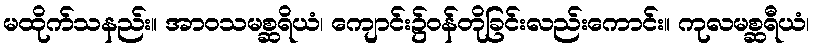
မထိုက်သနည်း။ အာဝသမစ္ဆရိယံ၊ ကျောင်း၌ဝန်တိုခြင်းလည်းကောင်း။ ကုလမစ္ဆရီယံ၊